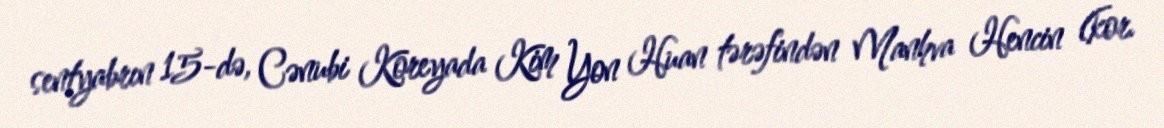
sentyabrın 15-də, Cənubi Koreyada Kim Yon Huan tərəfindən Manhva Hencin (kor.